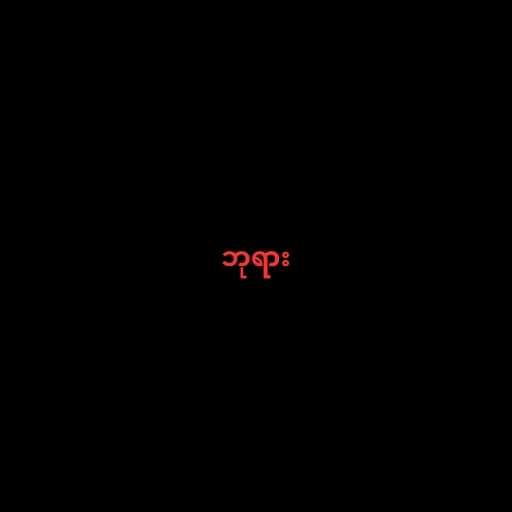
ဘုရား